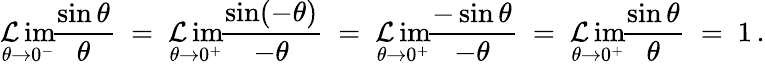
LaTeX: \operatorname*{\mathcal{L}im}_{\theta\to0^{-}}\! {\frac{{\sin\theta}}{{\theta}}}\ =\ \operatorname*{\mathcal{L}im}_{\theta\to0^{+}}\! {\frac{{\sin(-\theta)}}{{-\theta}}}\ =\ \operatorname*{\mathcal{L}im}_{\theta\to0^{+}}\! {\frac{{-\sin\theta}}{{-\theta}}}\ =\ \operatorname*{\mathcal{L}im}_{\theta\to0^{+}}\! {\frac{{\sin\theta}}{{\theta}}}\ =\ 1\, .